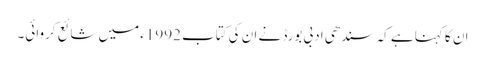
ان کا کہنا ہے کہ سندھی ادبی بورڈ نے ان کی کتاب 1992ء میں شائع کروائی۔